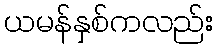
ယမန်နှစ်ကလည်း